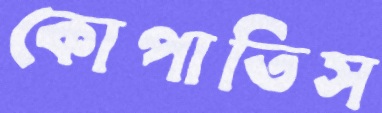
কোপাতিস